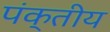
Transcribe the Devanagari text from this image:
पंक्तीय